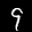
Label: 9